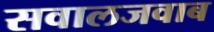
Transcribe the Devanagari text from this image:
सवालजवाब